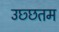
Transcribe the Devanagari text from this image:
उछ्छतम